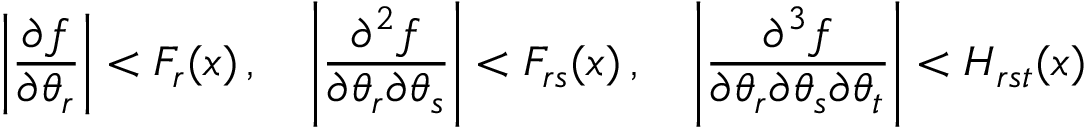
\left| { \frac { \partial f } { \partial \theta _ { r } } } \right| < F _ { r } ( x ) \, , \quad \left| { \frac { \partial ^ { 2 } f } { \partial \theta _ { r } \partial \theta _ { s } } } \right| < F _ { r s } ( x ) \, , \quad \left| { \frac { \partial ^ { 3 } f } { \partial \theta _ { r } \partial \theta _ { s } \partial \theta _ { t } } } \right| < H _ { r s t } ( x )